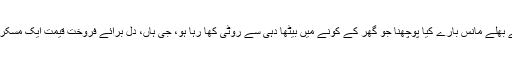
ایسے بھلے مانس بارے کیا پوچھنا جو گھر کے کونے میں بیٹھا دہی سے روٹی کھا رہا ہو، جی ہاں، دل برائے فروخت قیمت ایک مسکراہٹ۔